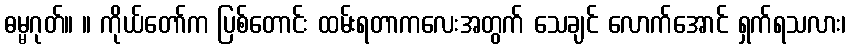
ဓမ္မဂုတ်။ ။ ကိုယ်တော်က ပြစ်တောင်း ထမ်းရတာကလေးအတွက် သေချင် လောက်အောင် ရှက်ရသလား၊